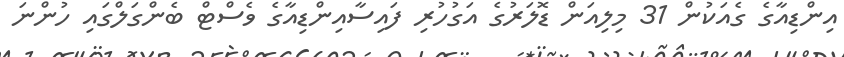
އިންޑިއާގެ ގެއަކުން 31 މިލިއަން ޑޮލަރުގެ އަގުހުރި ފައިސާއިންޑިއާގެ ވެސްޓް ބެންގަލްގައި ހުންނަ